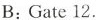
B:Gate 12.